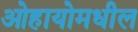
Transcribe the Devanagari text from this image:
ओहायोमधील